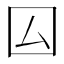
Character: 囜